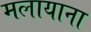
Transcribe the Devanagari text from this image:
मलायाना